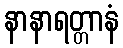
နာနာရတ္တာနံ